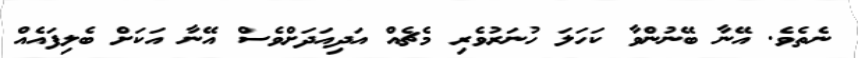
ނެތެވެ. އޭނާ ބޭނުންވާ ކަހަލަ ހުނަރުވެރި މެޗެއް އަދިއަަދަށްވެސް އޭނާ އަކަށް ބެލިފައެއް